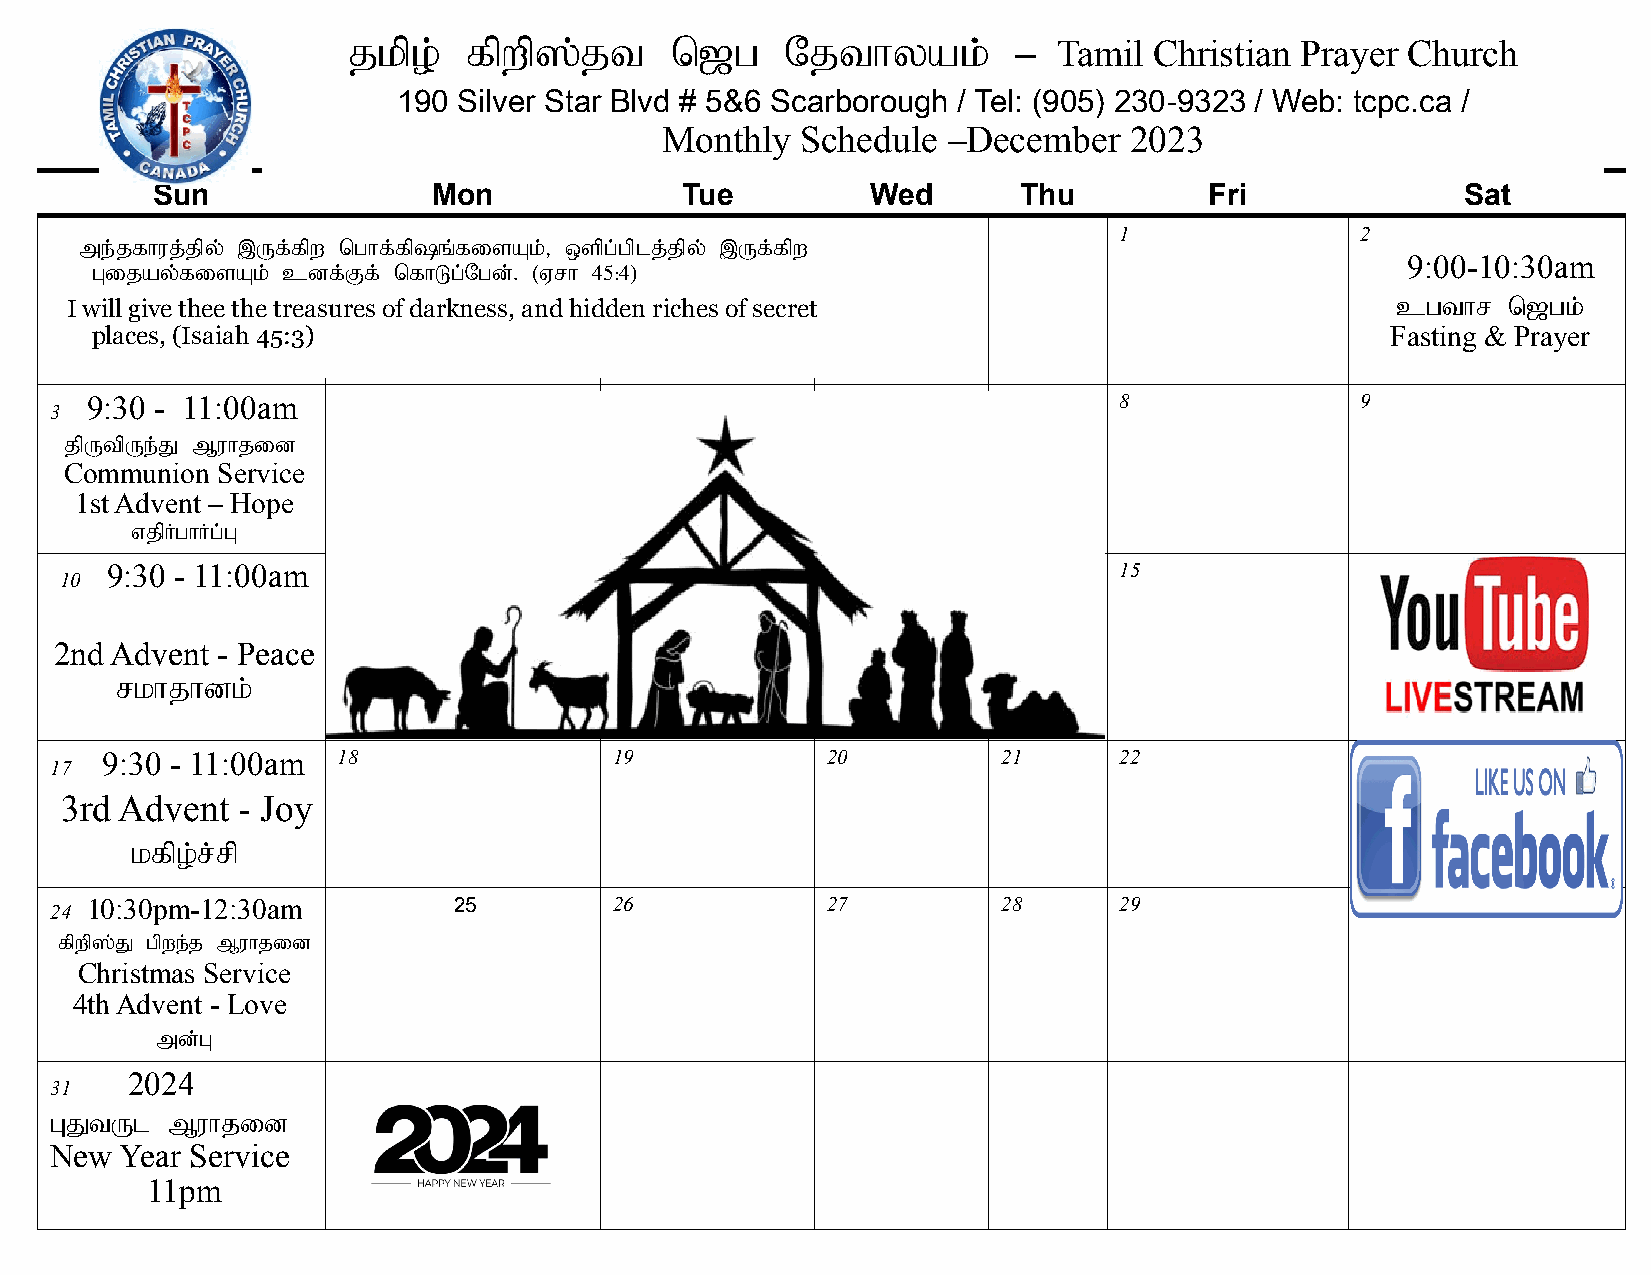
jkpo;   fpwp];jt     n[g     Njthyak;       –  Tamil Christian Prayer Church
 190 Silver Star Blvd # 5&6 Scarborough / Tel: (905) 230-9323 / Web: tcpc.ca /
 Monthly  Schedule  –December   2023
 Sun                Mon             Tue          Wed       Thu         Fri              Sat
 me;jfhuj;jpy; ,Uf;fpw nghf;fp~q;fisAk;> xspg ;gplj;jpy; ,Uf;fpw
 1               2
 Gijay;fisAk; cdf;Ff; nfhLg;Ngd;. (Vrh 45:4)
 9:00-10:30am
 I will give thee the treasures of darkness, and hidden riches of secret                 cgthr   n[gk;
 places, (Isaiah 45:3)                                                                 Fasting & Prayer
 9:30 - 11:00am  4                  5             6          7       8               9
 3
 jpUtpUe;J Muhjid
 Communion Service
 1st Advent – Hope
 vjpHghHg;G
 9:30 - 11:00am 11                 12            13         14      15              16
 10
 2nd Advent - Peace
 rkhjhdk;
 9:30 - 11:00am 18                 19            20         21      22              23
 17
 3rd Advent  - Joy
 kfpo;r;rp
 10:30pm-12:30am         25         26            27         28      29              30
 24
 fpwp];J gpwe;j Muhjid
 Christmas Service
 4th Advent - Love
 md;G
 31
 2024
 GJtUl   Muhjid
 New  Year Service
 11pm